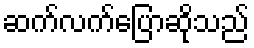
ဆက်လက်ပြောဆိုသည်